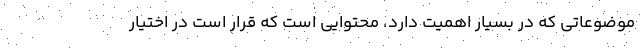
موضوعاتی که در بسیار اهمیت دارد، محتوایی است که قرار است در اختیار